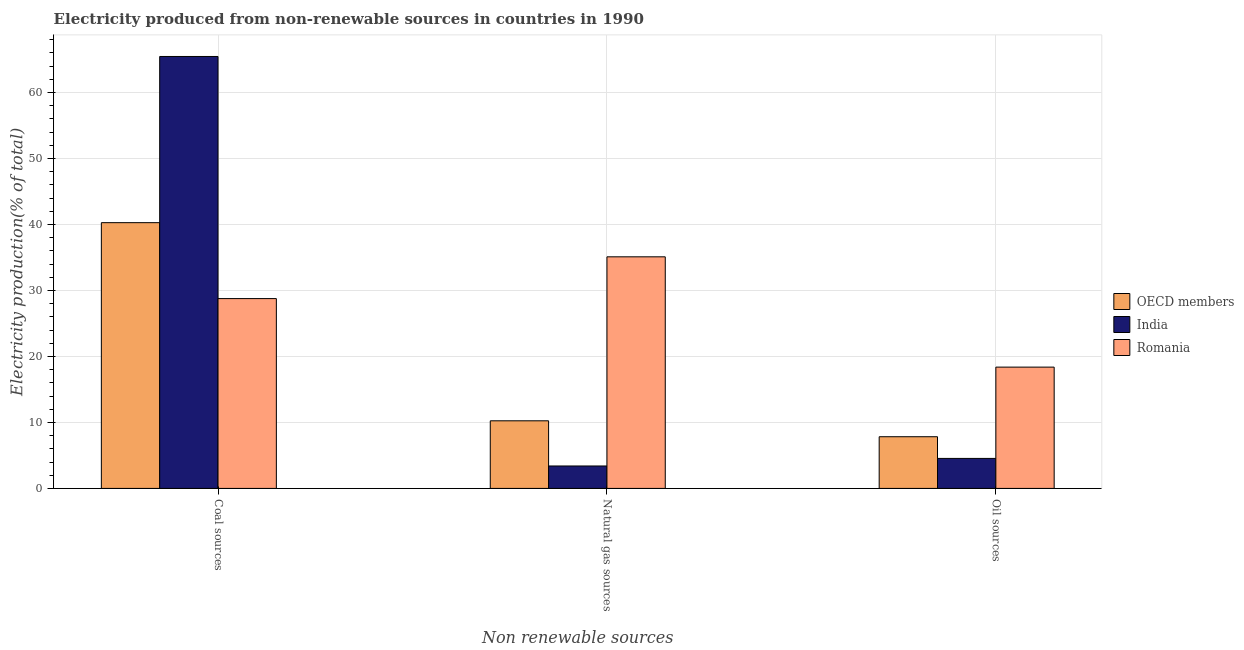
| Non renewable sources | OECD members | India | Romania |
 | --- | --- | --- | --- |
 | Coal sources | 40.3 | 65.5 | 28.8 |
 | Natural gas sources | 10.2 | 3.4 | 35.1 |
 | Oil sources | 7.83 | 4.55 | 18.4 |